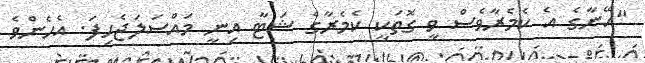
"އޭނާގެ އެ ކެމެރާވެސް ވީ ގޮތަކީ ކެމެރާގެ ޝަޓާ އިނީ މައްސަލަޖެހިފަ. އެހެންވެ